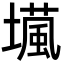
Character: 𡑵